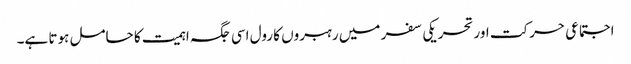
اجتماعی حرکت اور تحریکی سفر میں رہبروں کا رول اسی جگہ اہمیت کا حامل ہوتا ہے۔